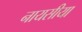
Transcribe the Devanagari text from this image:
नायसीया